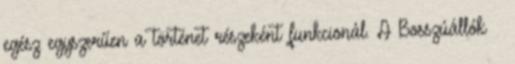
egész egyszerűen a történet részeként funkcionál. A Bosszúállók –